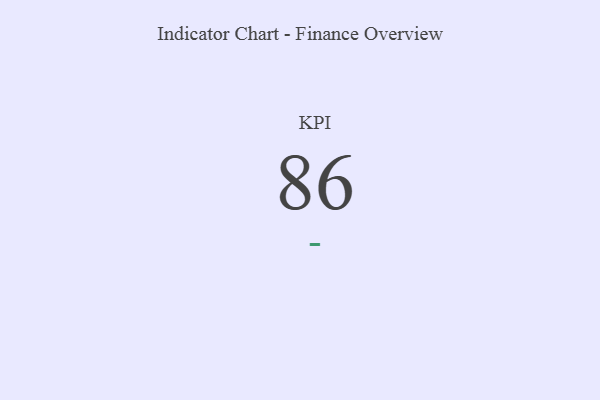
{"axis": {"x": "KPI", "y": "Value"}, "legend": [""], "data": [{"x": "KPI", "y": 86, "type": ""}]}